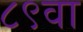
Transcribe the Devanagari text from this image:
८९वा